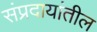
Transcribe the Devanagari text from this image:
संप्रदायांतील